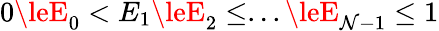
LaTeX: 0\leE_{0}<E_{1}\leE_{2}\le...\leE_{\mathcal{N}-1}\le1